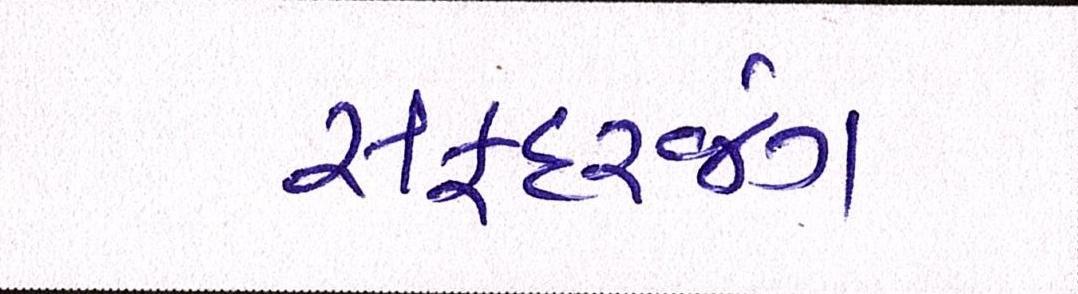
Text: સફદરજંગ